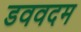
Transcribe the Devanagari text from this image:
डववदम